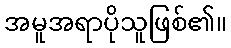
အမူအရာပိုသူဖြစ်၏။